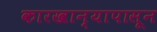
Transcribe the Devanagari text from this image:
कारखान्यापासून